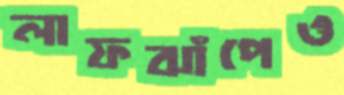
লাফঝাঁপেও